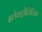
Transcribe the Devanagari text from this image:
इलेक्ट्रोलिटिक